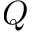
Q